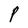
Character: P